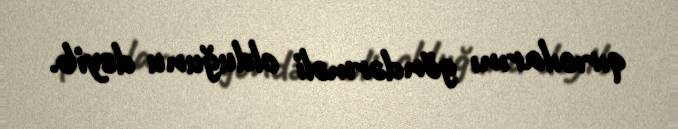
qırıcılarını göndərməli olduğunu deyib.